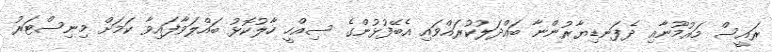
ރައީސް މައުމޫނާއި ދެފަނޑިޔާރުންނާ ބައްދަލުކުރައްވައި އެބޭފުޅުންގެ ސިއްހީ ހާލުކޮޅު ބައްލަވާފައިވާ ކަމަށް މިނިސްޓަރު